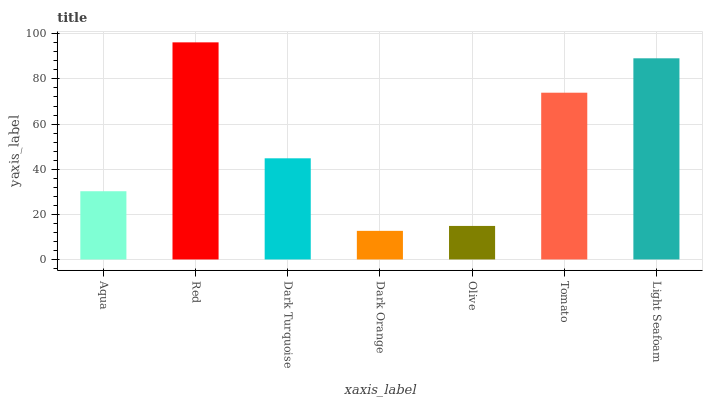
| xaxis_label | bars |
 | --- | --- |
 | Aqua | 30.2 |
 | Red | 96.2 |
 | Dark Turquoise | 44.8 |
 | Dark Orange | 12.7 |
 | Olive | 14.9 |
 | Tomato | 73.9 |
 | Light Seafoam | 89.1 |